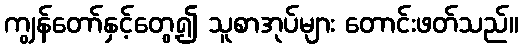
ကျွန်တော်နှင့်တွေ့၍ သူစာအုပ်များ တောင်းဖတ်သည်။